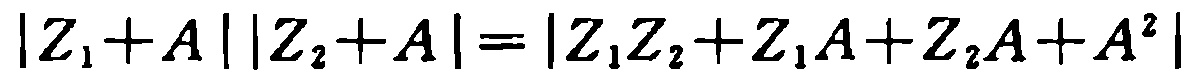
\(\vert Z_{1}+A\vert\vert Z_{2}+A\vert=\vert Z_{1}Z_{2}+Z_{1}A + Z_{2}A+A^{2}\vert\)